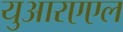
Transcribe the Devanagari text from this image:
युआरएएल